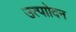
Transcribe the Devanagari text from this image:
उत्पाोदन